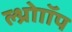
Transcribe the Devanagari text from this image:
ल्थ्रोाॉप